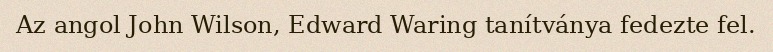
Az angol John Wilson, Edward Waring tanítványa fedezte fel.